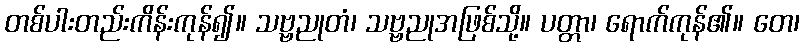
တစ်ပါးတည်းကိန်းကုန်၍။ သဗ္ဗညုတံ၊ သဗ္ဗညုအဖြစ်သို့။ ပတ္တာ၊ ရောက်ကုန်၏။ တေ၊